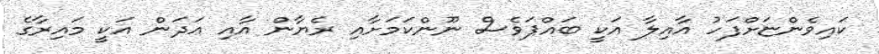
ކައިވެންޏަށްފަހު އާއިލާ އަކީ ބައްޕަވެސް ނޫންކަމަށާއި ރެޔާން އާއި ޢަދަން އަކީ މައިރާގެ